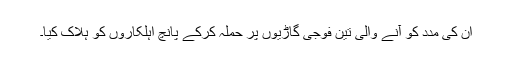
ان کی مدد کو آنے والی تین فوجی گاڑیوں پر حملہ کرکے پانچ اہلکاروں کو ہلاک کیا۔